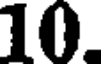
10.